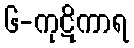
၆-ကုဋိကာရ